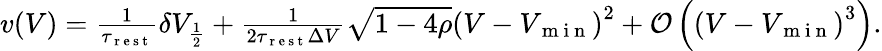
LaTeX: \begin{array}{r}{v(V)=\frac{1}{\tau_{\mathrm{~r~e~s~t~}}}\delta V_{\frac{1}{2}}+\frac{1}{2\tau_{\mathrm{~r~e~s~t~}}\Delta V}\sqrt{1-4\rho}\left(V-V_{\mathrm{~m~i~n~}}\right)^{2}+\mathcal{O}\left(\left(V-V_{\mathrm{~m~i~n~}}\right)^{3}\right).}\end{array}